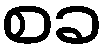
စခ